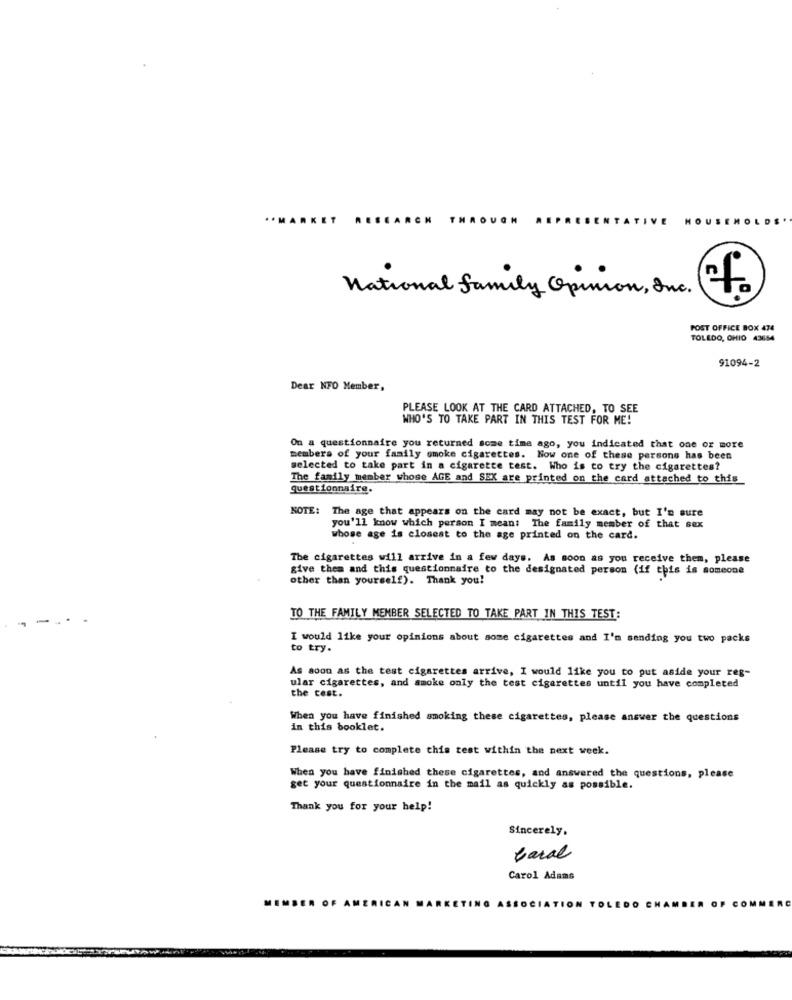
.. MA
VE
HOUSE
National family Opinion , Inc .
POST OFFICE BOX 474
TOLEDO, OHIO 43654
91094-2
Dear NFO Member,
PLEASE LOOK AT THE CARD ATTACHED, TO SEE
WHO'S TO TAKE PART IN THIS TEST FOR ME!
On a questionnaire you returned some time ago, you indicated that one or more
members of your family smoke cigarettes. Now one of these persone has been
selected to take part in a cigarette test. Who is to try the cigarettes?
The family member whose AGE and SEX are printed on the card attached to this
questionnaire.
NOTE: The age that appears on the card may not be exact, but I'm sure
you'll know which person I mean: The family member of that sex
whose age is closest to the age printed on the card.
The cigarettes will arrive in a few days. As soon as you receive them, please
give them and this questionnaire to the designated person (if this is someone
other than yourself). Thank you!
TO THE FAMILY MEMBER SELECTED TO TAKE PART IN THIS TEST:
I would like your opinions about some cigarettes and I'm sending you two packs
to try.
As soon as the test cigarettes arrive, I would like you to put aside your reg-
ular cigarettes, and smoke only the test cigarettes until you have completed
the cest.
When you have finished smoking these cigarettes, please answer the questions
in this booklet.
Please try to complete this test within the next week.
When you have finished these cigarettes, and answered the questions, please
get your questionnaire in the mail as quickly as possible.
Thank you for your help!
Sincerely.
baral
Carol Adams
.... ER OF